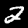
Digit: 2